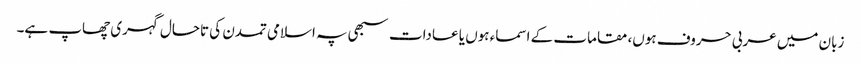
زبان میں عربی حروف ہوں، مقامات کے اسماء ہوں یا عادات سبھی پہ اسلامی تمدن کی تاحال گہری چھاپ ہے۔